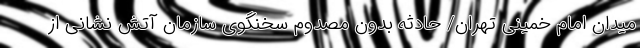
میدان امام خمینی تهران/ حادثه بدون مصدوم سخنگوی سازمان آتش نشانی از